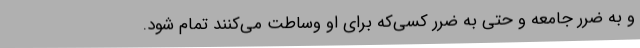
و به ضرر جامعه و حتی به ضرر کسی‌که برای او وساطت می‌کنند تمام شود.